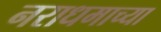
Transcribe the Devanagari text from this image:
नराधमाच्या